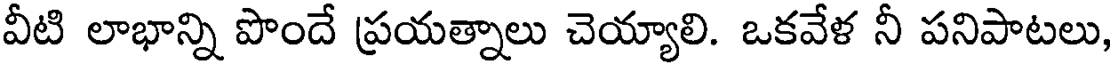
వీటి లాభాన్ని పొందే ప్రయత్నాలు చెయ్యాలి. ఒకవేళ నీ పనిపాటలు,